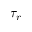
\tau _ { r }